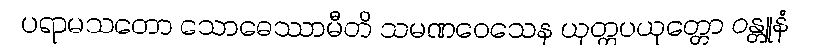
ပရာမသတော သောဓေဿာမီတိ သမဏဝေသေန ယုတ္တပယုတ္တော ဝန္တူနံ